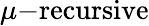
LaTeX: \mu{\mathrm{-recursive}}